Calcutta medical institutions reports 1871-78
Year: 1871
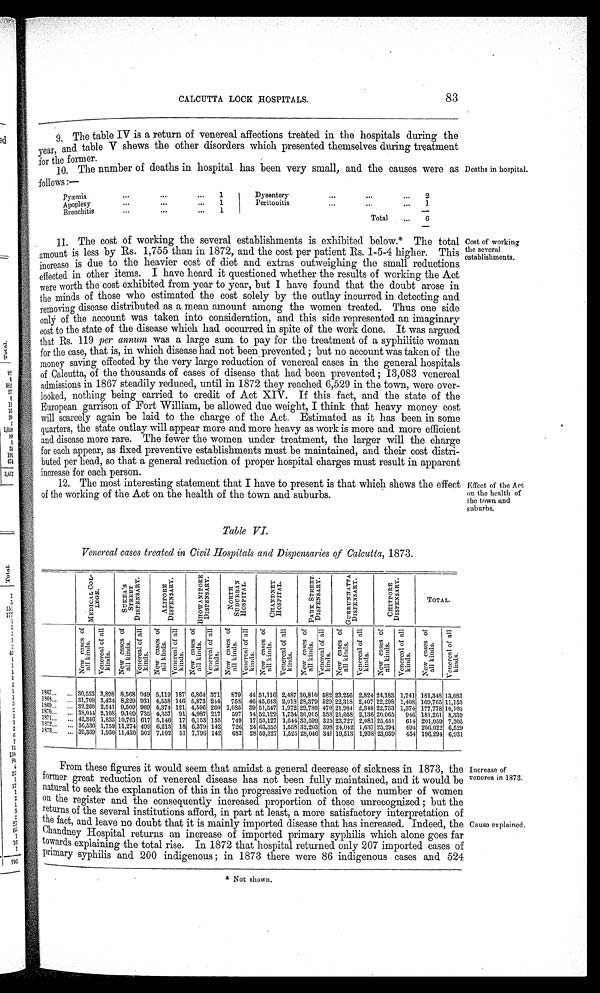
CALCUTTA LOCK HOSPITALS.
83
9. The table IV is a return of venereal affections treated in the hospitals during the
year, and table V shews the other disorders which presented themselves during treatment
for the former.
10. The number of deaths in hospital has been very small, and the causes were as
follows:—
Deaths in hospital.
Pyæmia
1
Dysentery
. . .
2
Apoplexy
1
Peritonitis
...
1
Bronchitis
1
Total
. . .
6
Cost of working
the several
establishments.
11. The cost of working the several establishments is exhibited below.* The total
amount is less by Rs. 1,755 than in 1872, and the cost per patient its. 1.5.4 higher. This
increase is due to the heavier cost of diet and extras outweighing the small reductions
effected in other items. I have heard it questioned whether the results of working the Act
were worth the cost exhibited from year to year, but I have found that the doubt arose in
the minds of those who estimated the cost solely by the outlay incurred in detecting and
removing disease distributed as a mean amount among the women treated. Thus one side
only of the account was taken into consideration, and this side represented an imaginary
cost to the state of the disease which had occurred in spite of the work done. It was argued
that Rs. 119 per annum was a large sum to pay for the treatment of a syphilitic woman
for the case, that is, in which disease had not been prevented; but no account was taken of the
money saving effected by the very large reduction of venereal cases in the general hospitals
of Calcutta, of the thousands of cases of disease that had been prevented; 13,083 venereal
admissions in 1867 steadily reduced, until in 1872 they reached 6,529 in the town, were over
.
looked, nothing being carried to credit of Act XIV. If this fact, and the state of the
European garrison of Fort William, be allowed due weight, I think that heavy money cost
will scarcely again be laid to the charge of the Act. Estimated as it has been in some
quarters, the state outlay will appear more and more heavy as work is more and more efficient
and disease more rare. The fewer the women under treatment, the larger will the charge
for each appear, as fixed preventive establishments must be maintained, and their cost distri
.
buted per head, so that a general reduction of proper hospital charges must result in apparent
increase for each person.
12. The most interesting statement that I have to present is that which shews the effect
of the working of the Act on the health of the town and suburbs.
Effect of the Act
on the health of
the town and
suburbs.
Table VI.
Venereal cases treated in Civil Hospitals and Dispensaries of Calcutta, 1873.
MEDICAL COLLEGE.
SUKEA' S STREET
DI SPENSARY.
A L I P O R E D I S P E N S A R Y .
B H O W A N I P O R E
D I S P E N S A R Y .
NORTH SUBURBAN HOSPI TAL.
C H A N D N E Y
H O S P I T A L .
P A R K S T R E E T
D I S P E N S A R Y .
G U R R U N H A T T A
D I S P E N S A R Y .
CHI TPORE
DI S P E NS AR Y.
TOTAL.
N e w c a s e s o f a l l k i n d s . V e n e r e a l o f a l l k i n d s .
N e w c a s e s o f a l l k i n d s . V e n e r e a l o f a l l k i n d s . N e w c a s e s o f a l l k i n d s . V e n e r e a l o f a l l k i n d s . N e w c a s e s o f a l l k i n d s . V e n e r e a l o f a l l k i n d s . N e w c a s e s o f a l l k i n d s . V e n e r e a l o f a l l k i n d s . N e w c a s e s o f a l l k i n d s . V e n e r e a l o f a l l k i n d s . N e w c a s e s o f a l l k i n d s . V e n e r e a l o f a l l k i n d s . N e w c a s e s o f a l l k i n d s . V e n e r e a l o f a l l k i n d s . N e w c a s e s o f a l l k i n d s . V e n e r e a l o f a l l k i n d s .
N e w c a s e s o f a l l k i n d s .
V e n e r e a l o f a l l k i n d s .
1867 30,553 3,898 8,568 949 5,119 187 6,864 371 879 44 51,116 2,487 30,810 582 23,256 2,824 24,183 1,741 181,348 13,083
1868 31,709 3,424 8,229 931 4,558 146 5,873 244 75S 46 45,613 2,018 28,379 529 22,318 2,407 22,298 1,408 169,765 11,153
1869 32,260 2,541 9,509 969 4,374 121 4,506 260 1,085 39 51,547 1,972 29,780 479 21,984 2,318 22,733 1,374 177,778 10,103
1870 38,041 2,108 9,109 735 4,357 91 4,987 217 597 14 52,129 1,731 30,915 35S 21,058 2,130 20,065 946 181,201 8,339
1871 42,340 1,835 10,761 617 5,146 17 6,153 155 749 17 53,127 1,644 33,599 325 23,727 2,081 25,451 614 201,059 7,305
1872 36,536 1,759 11,274 499 6,213 18 6,379 142 726 24 63,355 1,558 32,203 398 24,042 1,637 25,294 494 206,022 6,529
1873 39,369 1,950 11,420 502 7,102 51 7,796 142 682 28 59,327 1,525 28,046 341 19,513 1,938 23,039 454 190,291 6,931
From these figures it would seem that amidst a general decrease of sickness in 1873, the
former great reduction of venereal disease has not been fully maintained, and it would be
natural to seek the explanation of this in the progressive reduction of the number of women
on the register and the consequently increased proportion of those unrecognized; but the
returns of the several institutions afford, in part at least, a more satisfactory interpretation of
the fact, and leave no doubt that it is mainly imported disease that has increased. Indeed, the
Chandney Hospital returns an increase of imported primary syphilis which alone goes far
tow ards explaining the total rise. In 1872 that hospital returned only 207 imported cases of
primary syphilis and 200 indigenous; in 1873 there were 86 indigenous cases and 524
* Not shown.
Increase of
venerea in 1873.
Causo explained.